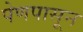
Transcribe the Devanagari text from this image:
पेणपासून